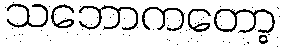
သဘောကတော့